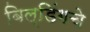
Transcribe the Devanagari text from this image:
बिल्डिंगचे